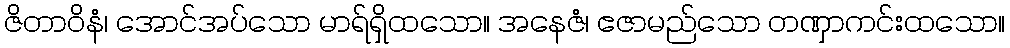
ဇိတာဝိနံ၊ အောင်အပ်သော မာရ်ရှိထသော။ အနေဇံ၊ ဧဇာမည်သော တဏှာကင်းထသော။